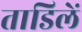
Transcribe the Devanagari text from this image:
ताडिलें